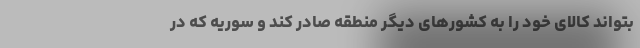
بتواند کالای خود را به کشورهای دیگر منطقه صادر کند و سوریه که در